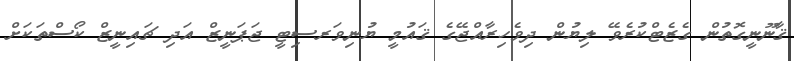
ޤާނޫނީގޮތުން ގެޒެޓްކުރެވޭ ލިޔުން ދިވެހިރާއްޖޭގެ ޤައުމީ ޔުނިވަރސިޓީ ޖަޕަނީޒް އަދި ޗައިނީޒް ކޯސްތަކަށް